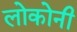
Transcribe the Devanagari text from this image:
लोकोनी